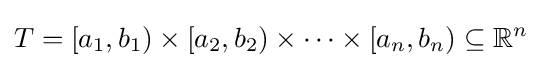
T=[a_{1},b_{1})\times [a_{2},b_{2})\times \cdots \times [a_{n},b_{n})\subseteq \mathbb {R} ^{n}